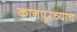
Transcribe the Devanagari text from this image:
कानपूरच्याच